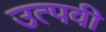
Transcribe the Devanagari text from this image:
उत्पवी